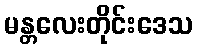
မန္တလေးတိုင်းဒေသ